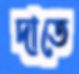
দাতে